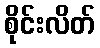
စိုင်းလိတ်